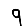
Digit: 9